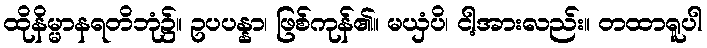
ထိုနိမ္မာနရတိဘုံ၌။ ဥပပန္နာ၊ ဖြစ်ကုန်၏။ မယှံပိ၊ ငါ့အားလည်း။ တထာရူပါ